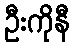
ဦးကိုနီ